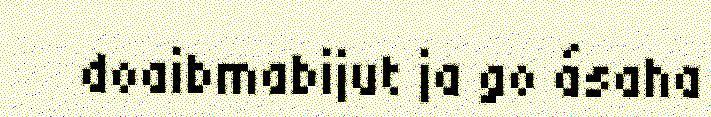
doaibmabijut ja go ásaha